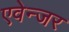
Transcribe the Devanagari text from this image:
एवेन्जर